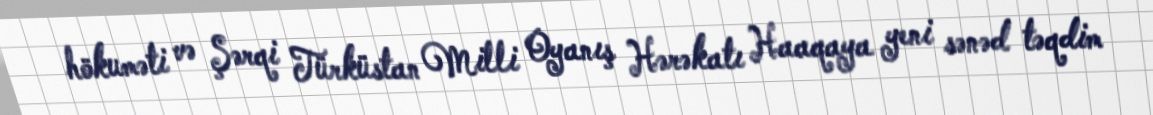
hökuməti və Şərqi Türküstan Milli Oyanış Hərəkatı Haaqaya yeni sənəd təqdim